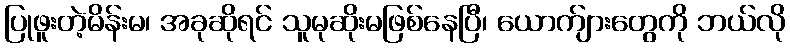
ပြုဖူးတဲ့မိန်းမ၊ အခုဆိုရင် သူမုဆိုးမဖြစ်နေပြီ၊ ယောက်ျားတွေကို ဘယ်လို